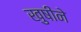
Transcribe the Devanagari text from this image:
खुषीने